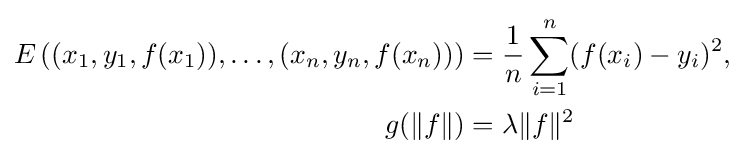
{\begin{aligned}E\left((x_{1},y_{1},f(x_{1})),\ldots ,(x_{n},y_{n},f(x_{n}))\right)&={\frac {1}{n}}\sum _{i=1}^{n}(f(x_{i})-y_{i})^{2},\\g(\lVert f\rVert )&=\lambda \lVert f\rVert ^{2}\end{aligned}}